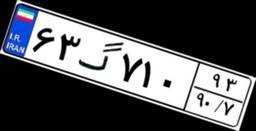
۶۳گ۷۱۰۹۳